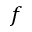
f